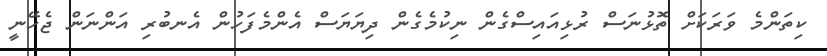
ކިތަންމެ ވަރަކަށް ތޮޅުނަސް ރުޅިއައިސްގެން ނިކުމެގެން ދިޔަޔަސް އެންމެފަހުން އެނބުރި އަންނަން ޖެހޭނީ